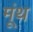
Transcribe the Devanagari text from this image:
मूंथ